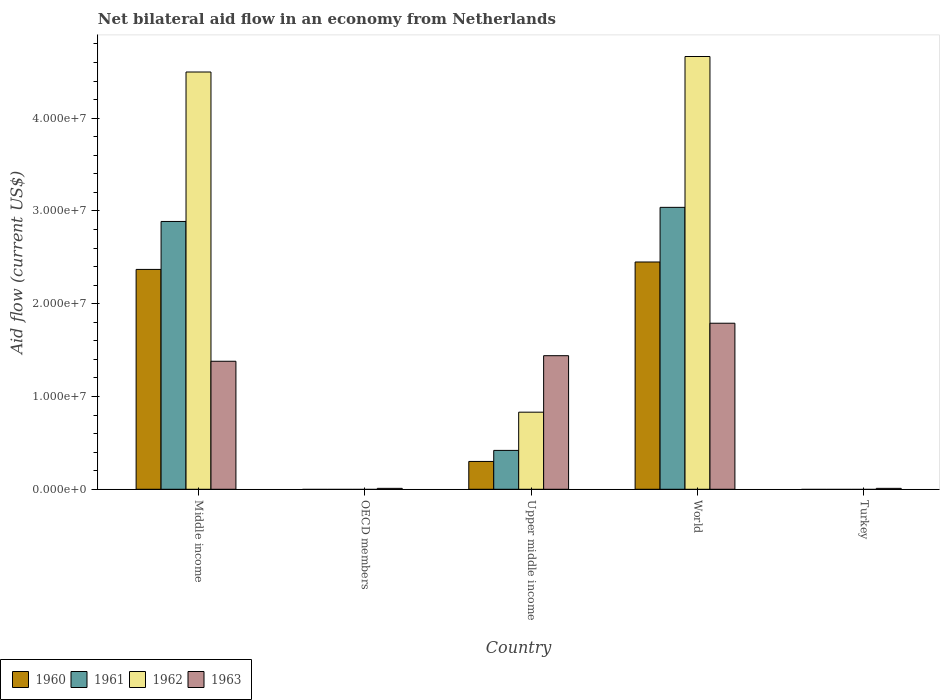
| Country | 1960 | 1961 | 1962 | 1963 |
 | --- | --- | --- | --- | --- |
 | Middle income | 2.37e+07 | 2.89e+07 | 4.5e+07 | 1.38e+07 |
 | OECD members | -4e+05 | -6.1e+05 | -6.1e+05 | 1e+05 |
 | Upper middle income | 3e+06 | 4.19e+06 | 8.31e+06 | 1.44e+07 |
 | World | 2.45e+07 | 3.04e+07 | 4.66e+07 | 1.79e+07 |
 | Turkey | -6e+05 | -6.1e+05 | -6.1e+05 | 1e+05 |